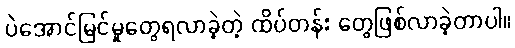
ပဲအောင်မြင်မှုတွေရလာခဲ့တဲ့ ထိပ်တန်း တွေဖြစ်လာခဲ့တာပါ။